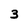
Character: 3